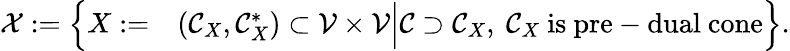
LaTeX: \begin{array}{r}{\begin{array}{rl}{\mathcal{X}:=\Bigl\{ X:=}&{(\mathcal{C}_{X},\mathcal{C}_{X}^{\ast})\subset\mathcal{V}\times\mathcal{V}\Big|\mathcal{C}\supset\mathcal{C}_{X},\ \mathcal{C}_{X}\mathrm{~is~pre-dual~cone}\Bigr\} .}\end{array}}\end{array}